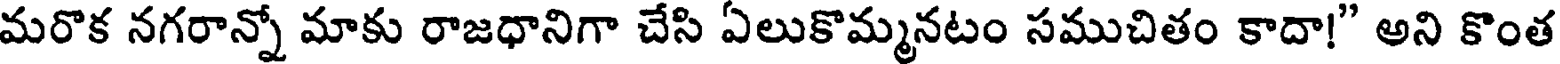
మరొక నగరాన్నో మాకు రాజధానిగా చేసి ఏలుకొమ్మనటం సముచితం కాదా!" అని కొంత